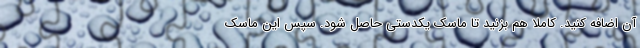
آن اضافه کنید. کاملا هم بزنید تا ماسک یکدستی حاصل شود. سپس این ماسک